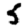
Digit: 5